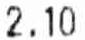
2.10